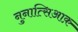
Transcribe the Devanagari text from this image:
नुनात्सिआक़